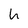
Character: h